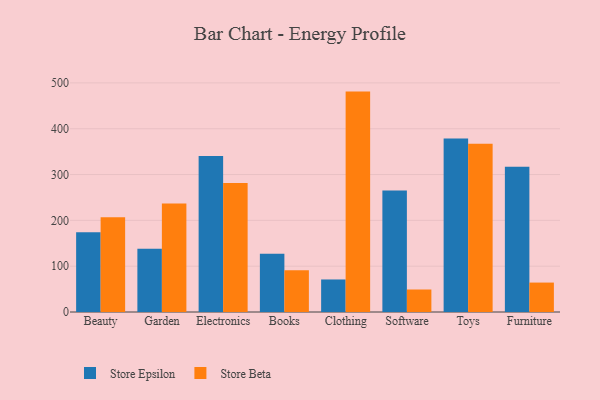
{"axis": {"x": "Category", "y": "Humidity (%)"}, "legend": ["Store Beta", "Store Epsilon"], "data": [{"x": "Beauty", "y": 174.2, "type": "Store Epsilon"}, {"x": "Beauty", "y": 207.0, "type": "Store Beta"}, {"x": "Garden", "y": 137.8, "type": "Store Epsilon"}, {"x": "Garden", "y": 236.6, "type": "Store Beta"}, {"x": "Electronics", "y": 340.6, "type": "Store Epsilon"}, {"x": "Electronics", "y": 281.3, "type": "Store Beta"}, {"x": "Books", "y": 127.3, "type": "Store Epsilon"}, {"x": "Books", "y": 91.1, "type": "Store Beta"}, {"x": "Clothing", "y": 71.0, "type": "Store Epsilon"}, {"x": "Clothing", "y": 481.0, "type": "Store Beta"}, {"x": "Software", "y": 265.0, "type": "Store Epsilon"}, {"x": "Software", "y": 49.1, "type": "Store Beta"}, {"x": "Toys", "y": 378.7, "type": "Store Epsilon"}, {"x": "Toys", "y": 367.3, "type": "Store Beta"}, {"x": "Furniture", "y": 316.9, "type": "Store Epsilon"}, {"x": "Furniture", "y": 64.2, "type": "Store Beta"}]}